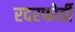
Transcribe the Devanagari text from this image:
रदरफोर्डी